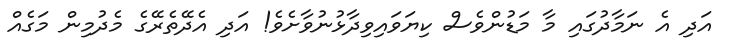
އަދި އެ ނަމާދުގައި މާ މަޑުންވެސް ކިޔަވައިވިދާޅުނުވާށެވެ! އަދި އެދޭތެރޭގެ މެދުމިން މަގެއް